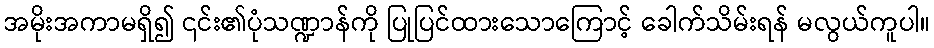
အမိုးအကာမရှိ၍ ၎င်း၏ပုံသဏ္ဍာန်ကို ပြုပြင်ထားသောကြောင့် ခေါက်သိမ်းရန် မလွယ်ကူပါ။